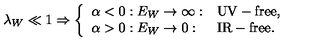
\lambda _ { W } \ll 1 \Rightarrow \left\{ \begin{array} { l l l } { \alpha < 0 : E _ { W } \rightarrow \infty : } & { \mathrm { U V - f r e e , } } \\ { \alpha > 0 : E _ { W } \rightarrow 0 : } & { \mathrm { I R - f r e e . } } \\ \end{array} \right.